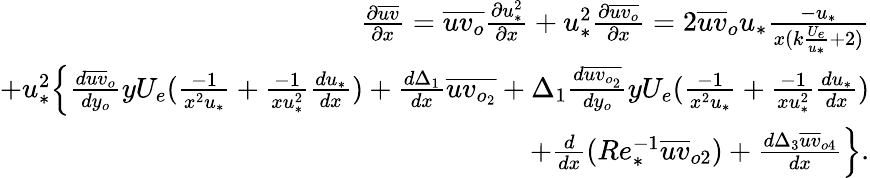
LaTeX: \begin{array}{r}{\frac{\partial\overline{{uv}}}{\partial x}=\overline{{uv_{o}}}\frac{\partial u_{*}^{2}}{\partial x}+u_{*}^{2}\frac{\partial\overline{{uv_{o}}}}{\partial x}=2\overline{{uv}}_{o}u_{*}\frac{-u_{*}}{x({k\frac{U_{e}}{u_{*}}+2})}}\\ {+u_{*}^{2}\Big\{ \frac{d\overline{{uv}}_{o}}{dy_{o}}yU_{e}(\frac{-1}{x^{2}u_{*}}+\frac{-1}{xu_{*}^{2}}\frac{du_{*}}{dx})+\frac{d\Delta_{1}}{dx}\overline{{uv_{o_{2}}}}+\Delta_{1}{\frac{d\overline{{uv_{o_{2}}}}}{dy_{o}}yU_{e}(\frac{-1}{x^{2}u_{*}}+\frac{-1}{xu_{*}^{2}}\frac{du_{*}}{dx})}}\\ {+\frac{d}{dx}(Re_{*}^{-1}\overline{{uv}}_{o2})+\frac{d\Delta_{3}\overline{{uv}}_{o4}}{dx}\Big\} .}\end{array}